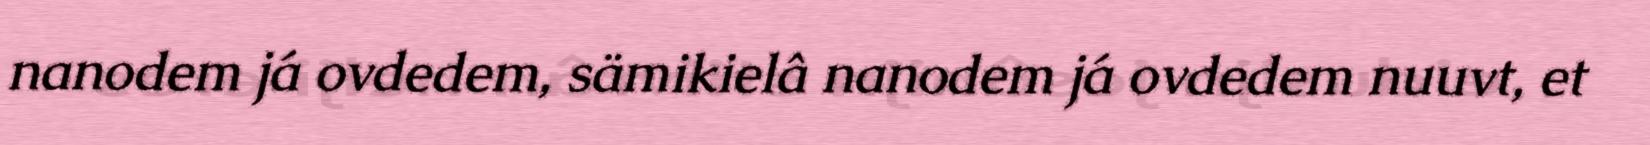
nanodem já ovdedem, sämikielâ nanodem já ovdedem nuuvt, et